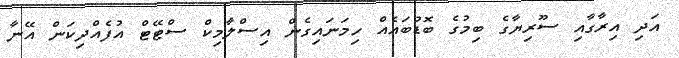
އަދި އިރާގާއި ސޫރިޔާގެ ބިމުގެ ބޮޑުބައެއް ހިމަނައިގެން އިސްލާމިކް ސްޓޭޓް އުފެއްދިކަން އޭނާ